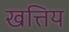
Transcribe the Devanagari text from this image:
खत्तिय